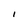
Character: I